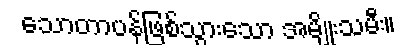
သောတာပန်ဖြစ်သွားသော အမျိုးသမီး။